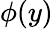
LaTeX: \phi(y)